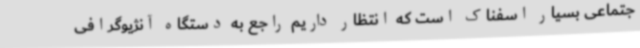
جتماعی بسیار اسفناک است که انتظار داریم راجع به دستگاه آنژیوگرافی